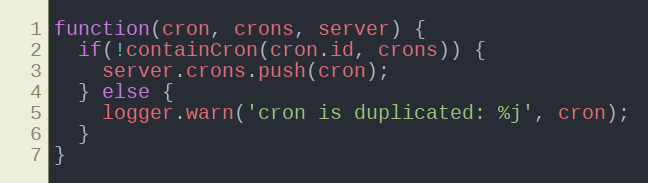
Language: JavaScript
function(cron, crons, server) {
  if(!containCron(cron.id, crons)) {
    server.crons.push(cron);
  } else {
    logger.warn('cron is duplicated: %j', cron);
  }
}